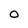
Character: O